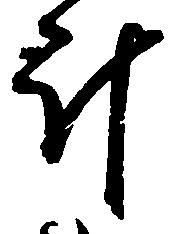
斗